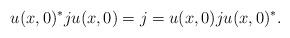
LaTeX: \begin{align*}u(x,0)^*ju(x,0)=j=u(x,0)ju(x,0)^*. \end{align*}